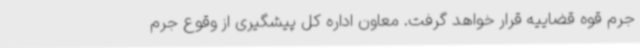
جرم قوه قضاییه قرار خواهد گرفت. معاون اداره کل پیشگیری از وقوع جرم